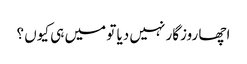
اچھا روزگار نہیں دیا تو میں ہی کیوں ؟